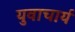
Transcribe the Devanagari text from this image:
युवाचार्य